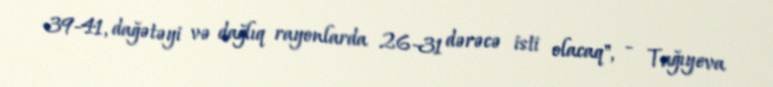
39-41, dağətəyi və dağlıq rayonlarda 26-31 dərəcə isti olacaq", - Tağıyeva